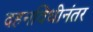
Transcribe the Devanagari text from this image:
दहनविधीनंतर